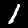
Label: 1